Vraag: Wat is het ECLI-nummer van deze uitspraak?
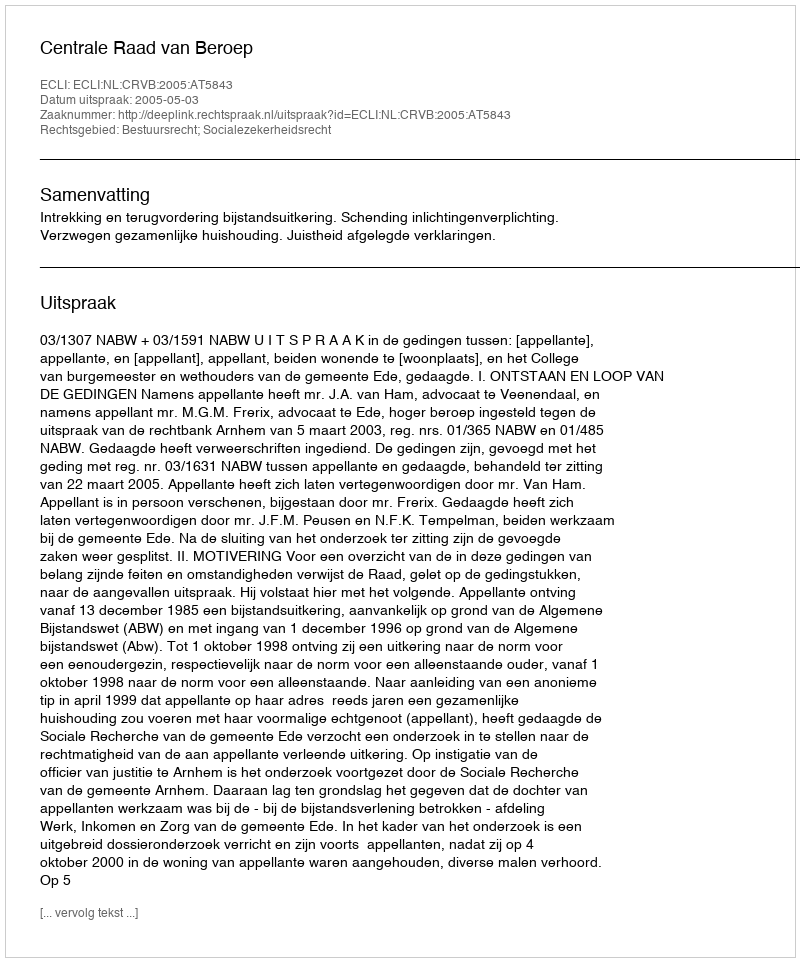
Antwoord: ECLI:NL:CRVB:2005:AT5843